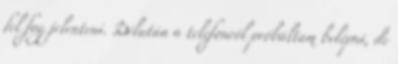
fel fog jelenteni. Délután a telefonról próbáltam belépni, de